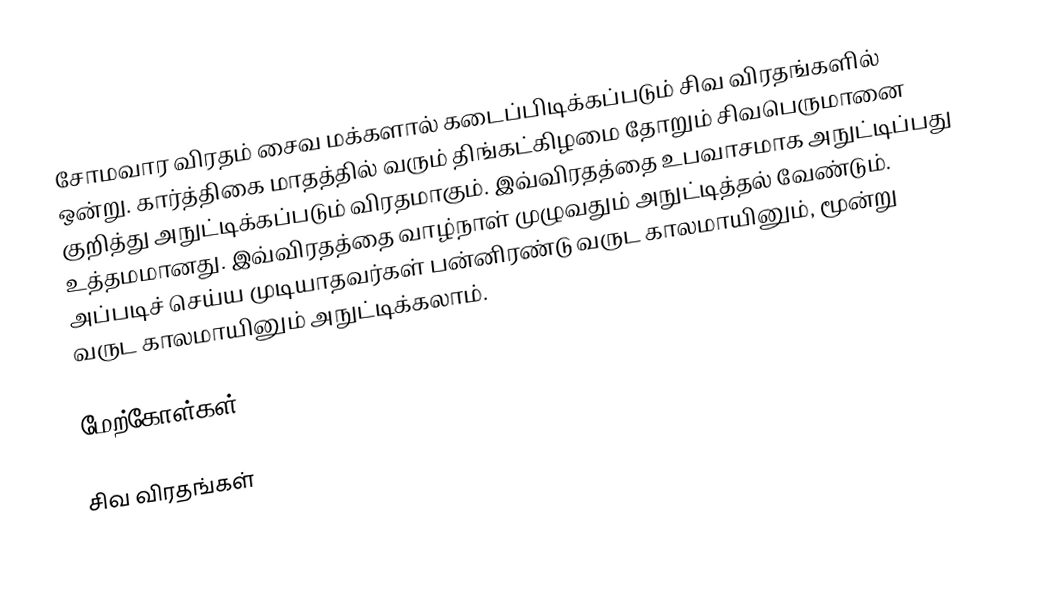
சோமவார விரதம் சைவ மக்களால் கடைப்பிடிக்கப்படும் சிவ விரதங்களில் ஒன்று. கார்த்திகை மாதத்தில் வரும் திங்கட்கிழமை தோறும் சிவபெருமானை குறித்து அநுட்டிக்கப்படும் விரதமாகும். இவ்விரதத்தை உபவாசமாக அநுட்டிப்பது உத்தமமானது. இவ்விரதத்தை வாழ்நாள் முழுவதும் அநுட்டித்தல் வேண்டும். அப்படிச் செய்ய முடியாதவர்கள் பன்னிரண்டு வருட காலமாயினும், மூன்று வருட காலமாயினும் அநுட்டிக்கலாம்.

மேற்கோள்கள்

சிவ விரதங்கள்